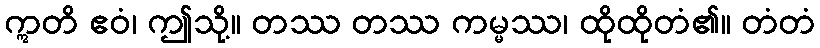
ဣတိ ဧဝံ၊ ဤသို့။ တဿ တဿ ကမ္မဿ၊ ထိုထိုတံ၏။ တံတံ